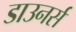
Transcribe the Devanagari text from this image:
डाउनर्स